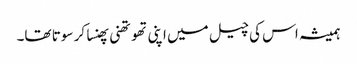
ہمیشہ اس کی چیل میں اپنی تھوتھنی پھنسا کر سوتا تھا۔